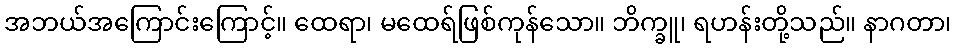
အဘယ်အကြောင်းကြောင့်။ ထေရာ၊ မထေရ်ဖြစ်ကုန်သော။ ဘိက္ခူ၊ ရဟန်းတို့သည်။ နာဂတာ၊